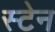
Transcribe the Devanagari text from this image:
स्‍टेन